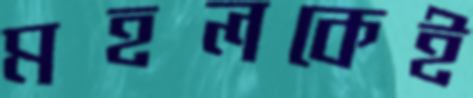
মহলকেই